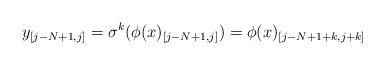
\begin{align*} y_{[j-N+1,j]}=\sigma^k(\phi(x)_{[j-N+1,j]})=\phi(x)_{[j-N+1+k,j+k]}\end{align*}